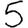
Digit: 5